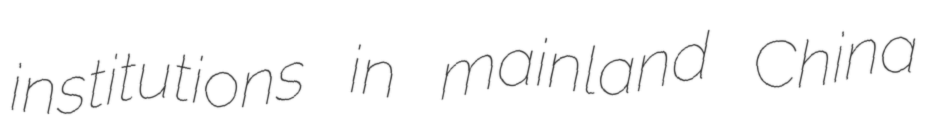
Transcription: institutions in mainland China